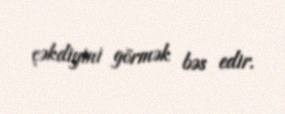
çəkdiyini görmək bəs edir.